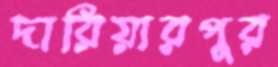
দারিয়ারপুর